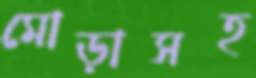
মোড়াসহ